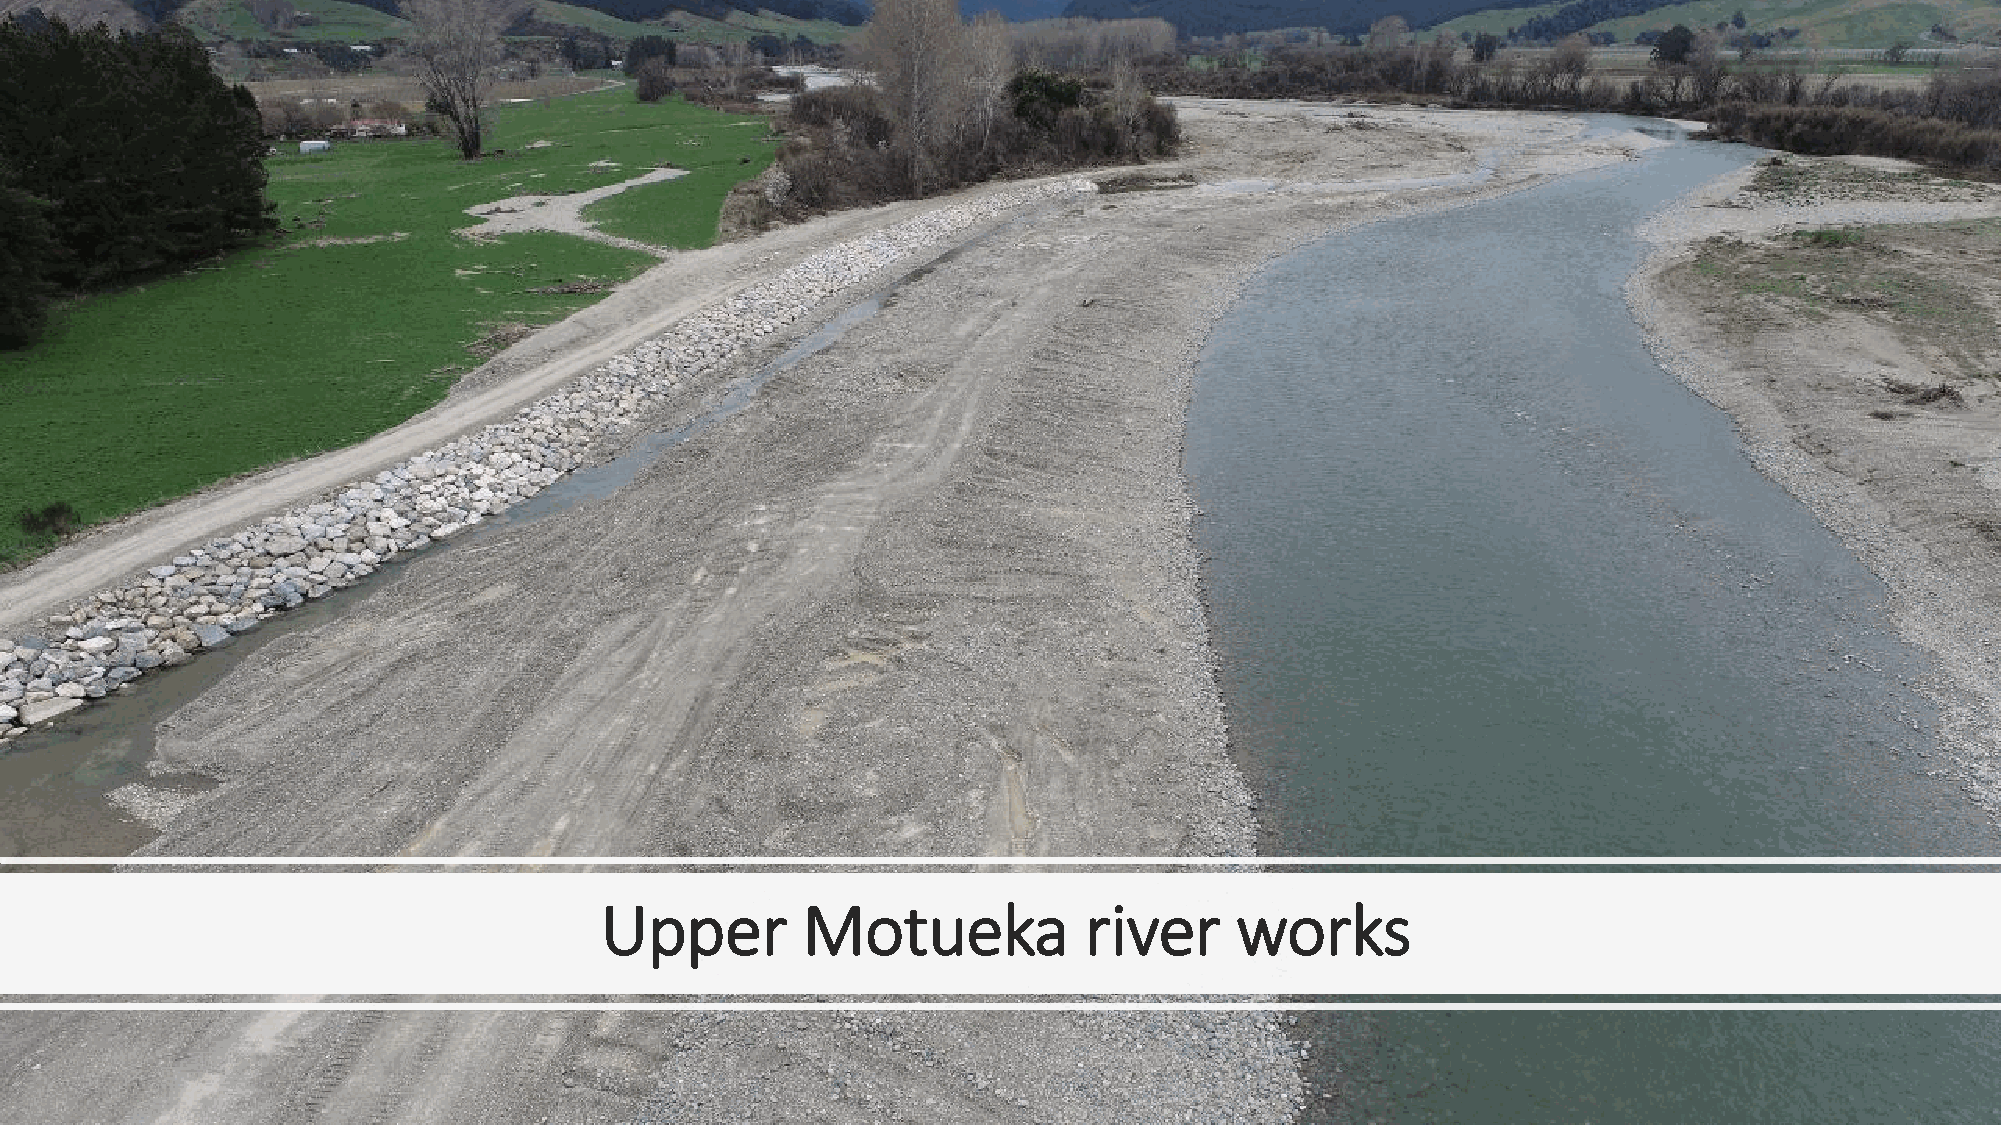
Upper        Motueka            river     works